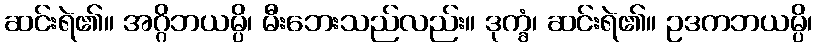
ဆင်းရဲ၏။ အဂ္ဂိဘယမ္ပိ၊ မီးဘေးသည်လည်း။ ဒုက္ခံ၊ ဆင်းရဲ၏။ ဥဒကဘယမ္ပိ၊